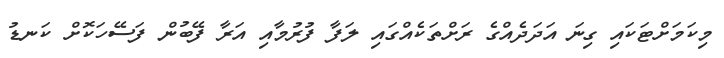
މިކަމަށްޓަކައި ގިނަ އަދަދެއްގެ ރަށްތަކެއްގައި ލަފާ ފުރުމާއި އަރާ ފޭބުން ފަސޭހަކޮށް ކަނޑު